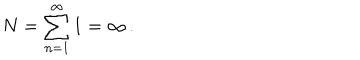
N = \sum _ { n = 1 } ^ { \infty } 1 = \infty \, { . }